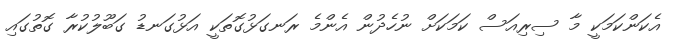
އެކަންކަމަކީ މާ ސިރިއަސް ކަމަކަށް ނުހެދުން އެންމެ ރަނގަޅުގޮތަކީ އަޅުގަނޑު ގަބޫލުކުރާ ގޮތުގައި